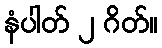
နံပါတ် ၂ ဂိတ်။